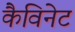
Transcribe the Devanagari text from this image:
कैविनेट